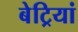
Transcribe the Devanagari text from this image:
बेट्रियां